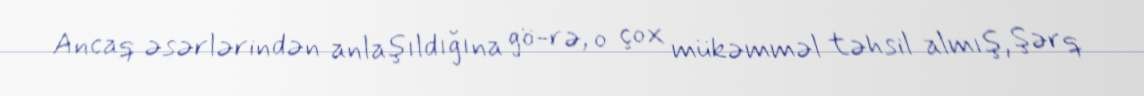
Ancaq əsərlərindən anlaşıldığına gö-rə, o çox mükəmməl təhsil almış, Şərq